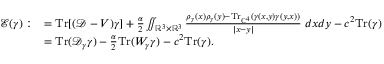
\begin{array} { r l } { \mathcal { E } ( \gamma ) : } & { = { \mathrm { T r } } [ ( \mathcal D - V ) \gamma ] + \frac { \alpha } { 2 } \iint _ { \mathbb { R } ^ { 3 } \times \mathbb { R } ^ { 3 } } \frac { \rho _ { \gamma } ( x ) \rho _ { \gamma } ( y ) - { \mathrm { T r } } _ { \mathbb { C } ^ { 4 } } ( \gamma ( x , y ) \gamma ( y , x ) ) } { | x - y | } \; d x d y - c ^ { 2 } { \mathrm { T r } } ( \gamma ) } \\ & { = { \mathrm { T r } } ( \mathcal D _ { \gamma } \gamma ) - \frac { \alpha } { 2 } { \mathrm { T r } } ( W _ { \gamma } \gamma ) - c ^ { 2 } { \mathrm { T r } } ( \gamma ) . } \end{array}